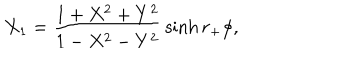
LaTeX: X _ { 1 } = { \frac { 1 + X ^ { 2 } + Y ^ { 2 } } { 1 - X ^ { 2 } - Y ^ { 2 } } } \sinh r _ { + } \phi ,